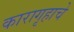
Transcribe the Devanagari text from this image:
कारागृहाचे